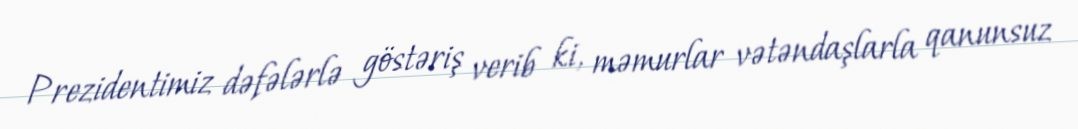
Prezidentimiz dəfələrlə göstəriş verib ki, məmurlar vətəndaşlarla qanunsuz